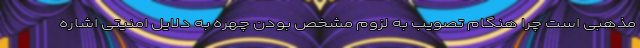
مذهبی است چرا هنگام تصویب به لزوم مشخص بودن چهره به دلایل امنیتی اشاره